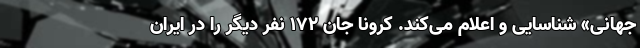
جهانی» شناسایی و اعلام می‌کند. کرونا جان ۱۷۲ نفر دیگر را در ایران